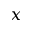
x